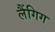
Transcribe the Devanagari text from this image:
लैंगिग